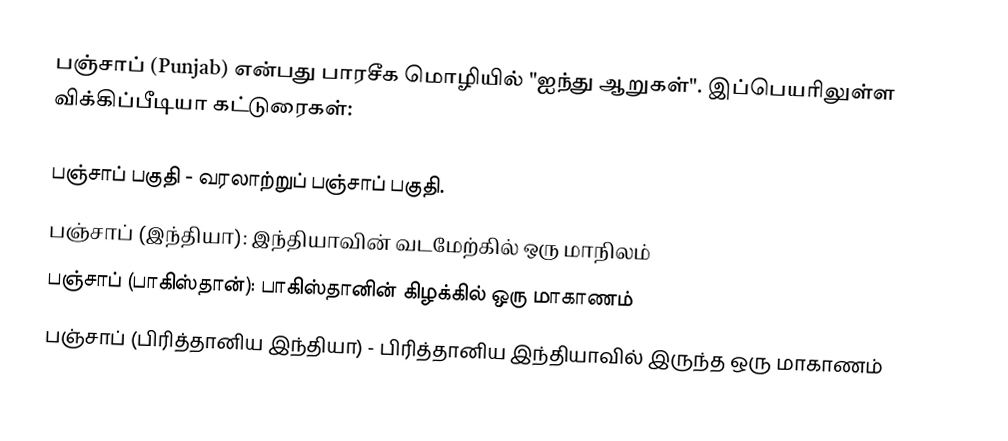
பஞ்சாப் (Punjab) என்பது பாரசீக மொழியில் "ஐந்து ஆறுகள்". இப்பெயரிலுள்ள விக்கிப்பீடியா கட்டுரைகள்:

பஞ்சாப் பகுதி - வரலாற்றுப் பஞ்சாப் பகுதி.
பஞ்சாப் (இந்தியா): இந்தியாவின் வடமேற்கில் ஒரு மாநிலம்
பஞ்சாப் (பாகிஸ்தான்): பாகிஸ்தானின் கிழக்கில் ஒரு மாகாணம்
பஞ்சாப் (பிரித்தானிய இந்தியா) - பிரித்தானிய இந்தியாவில் இருந்த ஒரு மாகாணம்